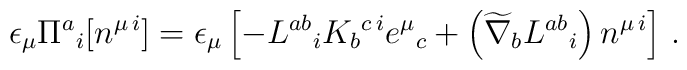
\epsilon_\mu \Pi^a{}_{i} [n^{\mu\,i}] = \epsilon_\mu \left[ - L^{a b}{}_i  K_{b}{}^{c\,i} e^\mu{}_c + \left( \widetilde{\nabla}_b L^{a b}{}_i \right) n^{\mu\,i}\right]\,.